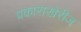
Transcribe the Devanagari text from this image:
प्रकाराखेरीज